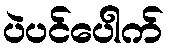
ပဲပင်ပေါက်